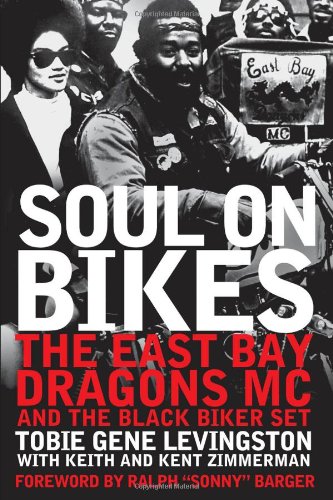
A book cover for Soul on Bikes: The East Bay Dragons MC and the Black Biker Set; Tobie Levingston; Arts & Photography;